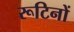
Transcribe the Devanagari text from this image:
रूटिनों